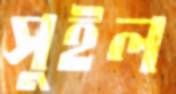
সুইল